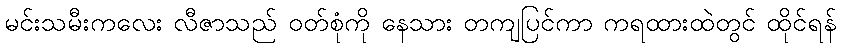
မင်းသမီးကလေး လီဇာသည် ဝတ်စုံကို နေသား တကျပြင်ကာ ကရထားထဲတွင် ထိုင်ရန်